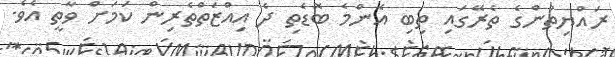
ރައްޔިތުންގެ ތެރޭގައި ތިބި އެންމެ ބޮޑެތި ދެ އިއްޒަތްތެރިން ކަމަށް ވާތީ އެވެ.